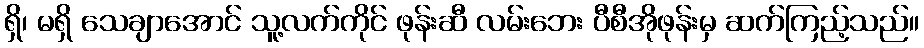
ရှိ၊ မရှိ သေချာအောင် သူ့လက်ကိုင် ဖုန်းဆီ လမ်းဘေး ပီစီအိုဖုန်းမှ ဆက်ကြည့်သည်။